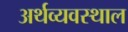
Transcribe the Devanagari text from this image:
अर्थव्यवस्थाल